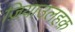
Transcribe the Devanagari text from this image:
ज़ियाउलहक़